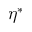
\eta ^ { * }